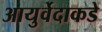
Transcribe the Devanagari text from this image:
आयुर्वेदाकडे